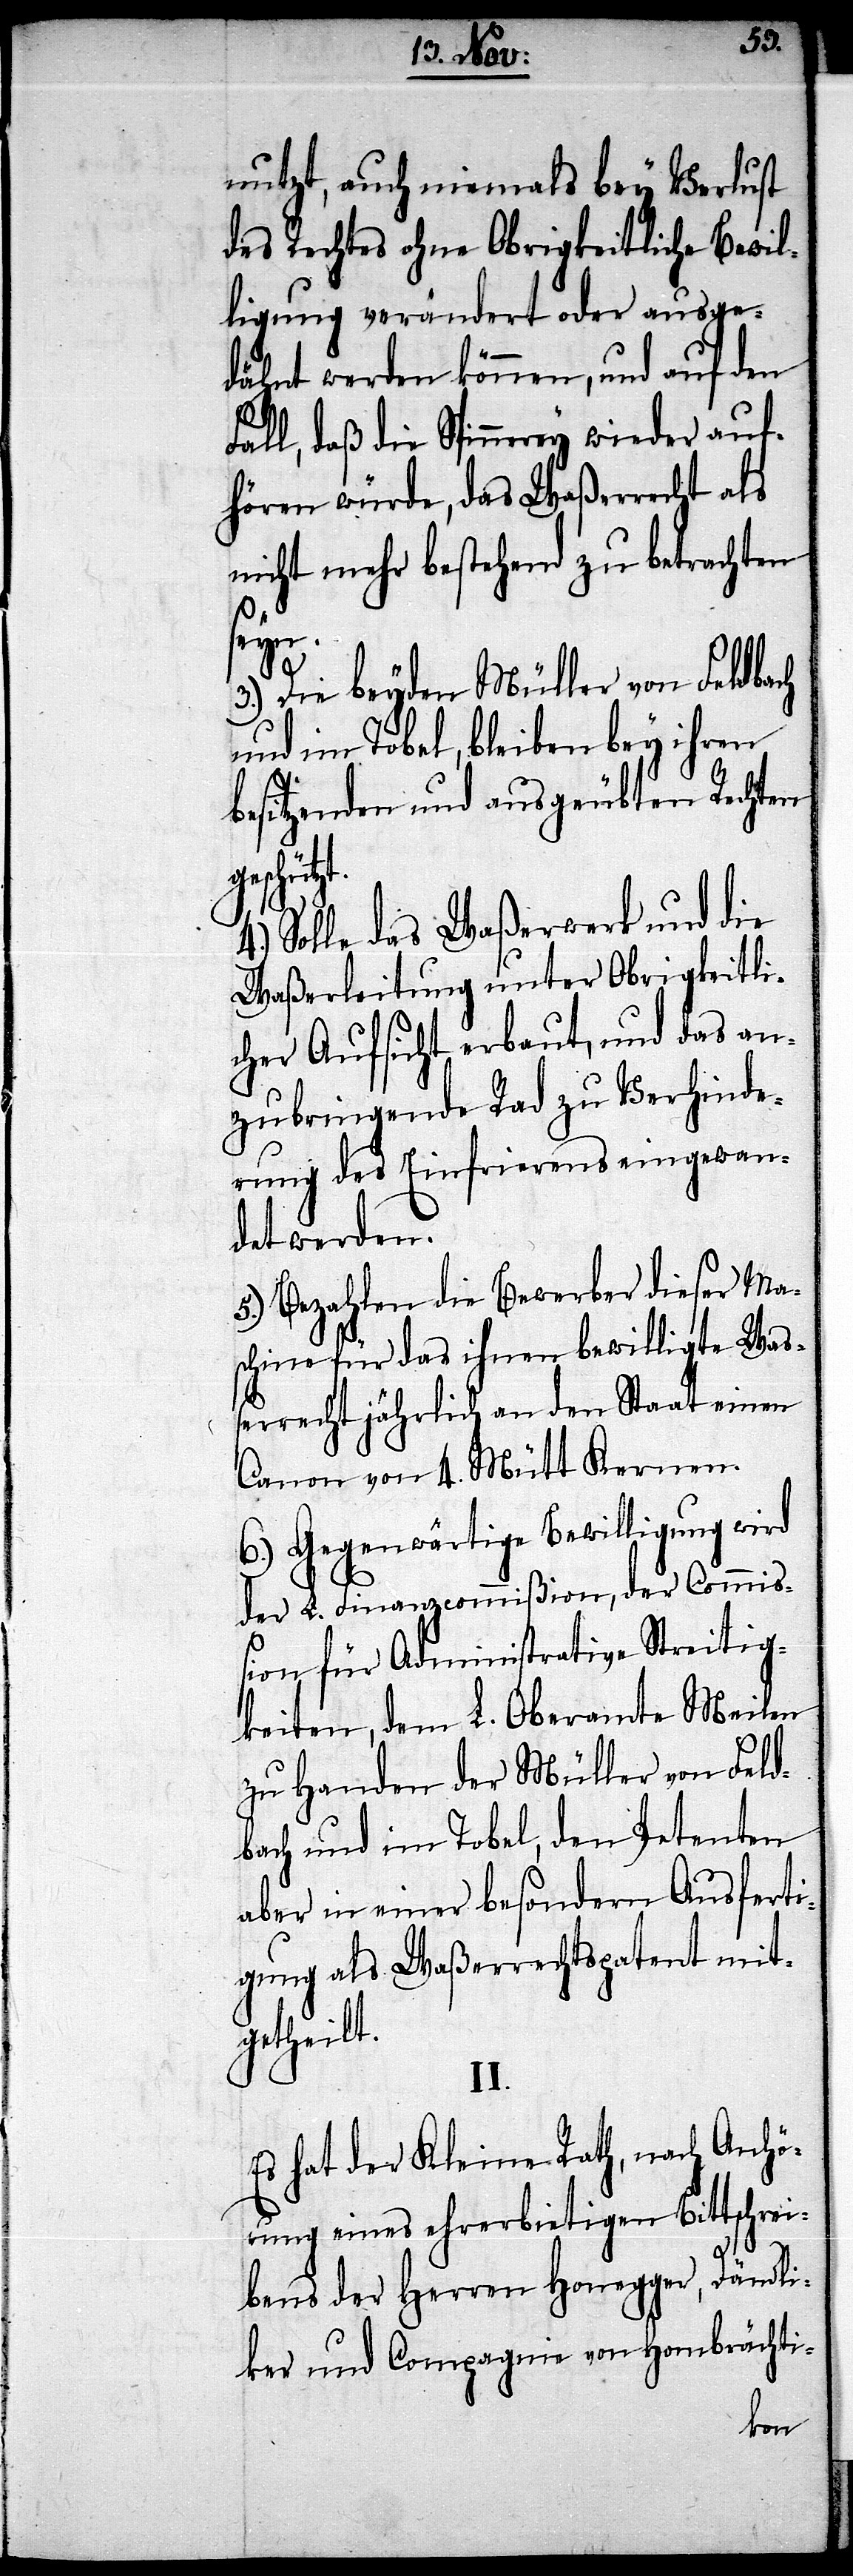
nutzt, auch niemals bey Verlust
des Rechtes ohne Obrigkeitliche Bewil¬
ligung verändert oder ausge¬
dähnt werden können, und auf den
Fall, daß die Spinnerey wieder auf¬
hören würde, das Waßerrecht als
nicht mehr bestehend zu betrachten
seyn.
3.) Die beyden Müller von Feldbach
und im Tobel, bleiben bey ihren
besitzenden und ausgeübten Rechten
geschütz¬
Solle das Waßerwerk und die
Waßerleitung unter Obrigkeitli¬
cher Aufsicht erbaut, und das an¬
zubringende Rad zu Verhinde¬
rung des Einfrierens eingewan¬
det werden.
5.) Bezahlen die Bewerber dieser Ma¬
schine für das ihnen bewilligte Waß¬
errecht jährlich an den Staat einen
Canon von 4. Mütt Kernen.
6.) Gegenwärtige Bewilligung wird
der L. Finanzcommißion, der Commi¬
ßion für Administrative Streitig¬
keiten, dem L. Oberamte Meilen
zu Handen der Müller von Feld¬
bach und im Tobel, den Petenten
aber in einer besondern Ausferti¬
gung als Waßerrechtspatent mit¬
getheilt.
II.
Es hat der Kleine Rath, nach Anhö¬
rung eines ehrerbietigen Bittschrei¬
bens der Herrn Hongegger, Dändli¬
ker und Compagnie von Hombrächti-